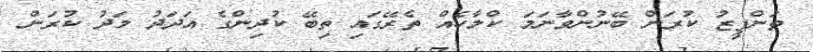
ތަންފީޒު ކުރަން ބޭނުންވާނަމަ ކްލާހެއް ތެރޭގައި ތިބޭ ކުދިންގެ އަދަދު މަދު ކުރަން